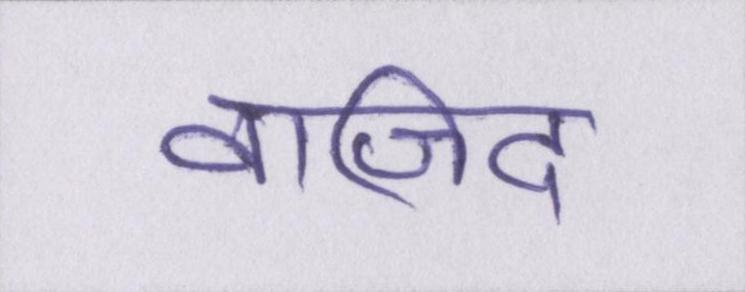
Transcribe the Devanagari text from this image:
वाजिद